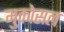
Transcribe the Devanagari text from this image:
मुकोसल